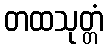
တထသုတ္တံ